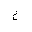
Letter: _ha